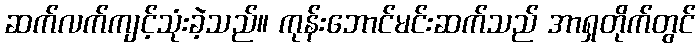
ဆက်လက်ကျင့်သုံးခဲ့သည်။ ကုန်းဘောင်မင်းဆက်သည် အာရှတိုက်တွင်